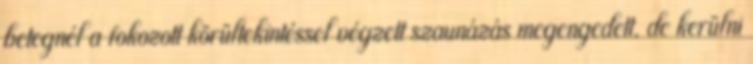
betegnél a fokozott körültekintéssel végzett szaunázás megengedett, de kerülni